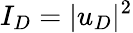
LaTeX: I_{D}=|u_{D}|^{2}